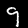
Label: 9